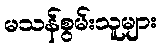
မသန်စွမ်းသူများ